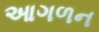
આગળન